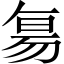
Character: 𬀷